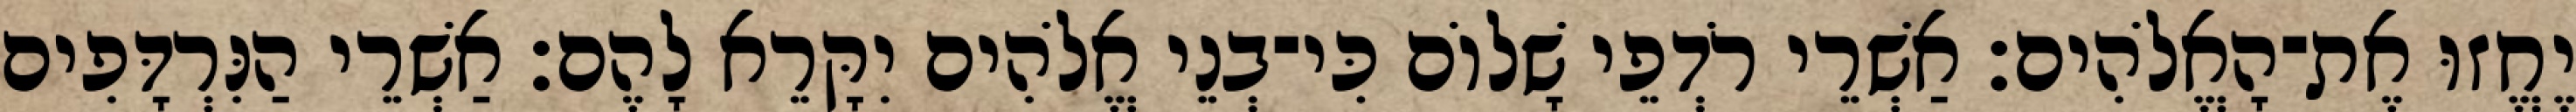
יֶחֱזוּ אֶת־הָאֱלֹהִים׃ אַשְׁרֵי רֹדְפֵי שָׁלוֹם כִּי־בְנֵי אֱלֹהִים יִקָּרֵא לָהֶם׃ אַשְׁרֵי הַנִּרְדָּפִים